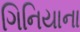
ગિનિયાના